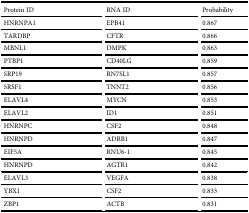
<table><thead><tr><td><b>Protein ID</b></td><td><b>RNA ID</b></td><td><b>Probability</b></td></tr></thead><tbody><tr><td>HNRNPA1</td><td>EPB41</td><td>0.867</td></tr><tr><td>TARDBP</td><td>CFTR</td><td>0.866</td></tr><tr><td>MBNL1</td><td>DMPK</td><td>0.863</td></tr><tr><td>PTBP1</td><td>CD40LG</td><td>0.859</td></tr><tr><td>SRP19</td><td>RN7SL1</td><td>0.857</td></tr><tr><td>SRSF1</td><td>TNNT2</td><td>0.856</td></tr><tr><td>ELAVL4</td><td>MYCN</td><td>0.853</td></tr><tr><td>ELAVL2</td><td>ID1</td><td>0.851</td></tr><tr><td>HNRNPC</td><td>CSF2</td><td>0.848</td></tr><tr><td>HNRNPD</td><td>ADRB1</td><td>0.847</td></tr><tr><td>EIF5A</td><td>RNU6-1</td><td>0.845</td></tr><tr><td>HNRNPD</td><td>AGTR1</td><td>0.842</td></tr><tr><td>ELAVL3</td><td>VEGFA</td><td>0.838</td></tr><tr><td>YBX1</td><td>CSF2</td><td>0.833</td></tr><tr><td>ZBP1</td><td>ACTB</td><td>0.831</td></tr></tbody></table>